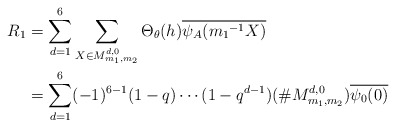
\begin{align*} R_1&=\sum_{d=1}^{6}\sum_{ X \in M_{m_{1},m_{2}}^{ d,0}}\Theta_{\theta}(h)\overline{\psi_A({m_1}^{-1}X)}\\&= \sum_{d=1}^{6}(-1)^{6-1}(1-q) \cdots (1-q^{d-1})(\# M_{m_{1},m_{2}}^{ d,0})\overline{\psi_0(0)} \end{align*}